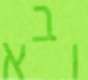
ובא